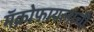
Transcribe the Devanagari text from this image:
मॅक्रोफायलाची